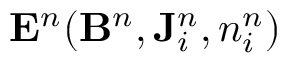
{ \bf { E } } ^ { n } ( { \bf { B } } ^ { n } , { \bf { J } } _ { i } ^ { n } , n _ { i } ^ { n } )